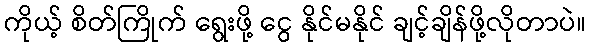
ကိုယ့် စိတ်ကြိုက် ရွေးဖို့ ငွေ နိုင်မနိုင် ချင့်ချိန်ဖို့လိုတာပဲ။